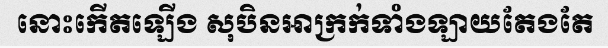
នោះកើតឡើង សុបិនអាក្រក់ទាំងឡាយតែងតែ